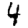
Digit: 4